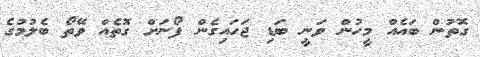
ގޮތުން ބައެއް މީހުން ވަނީ ބަޑި ޖަހައިގެން ފޯނަށް ގޮތެއް ވޭތޯ ބެލުމުގެ